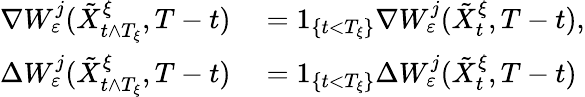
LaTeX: \begin{array}{rl}{\nabla W_{\varepsilon}^{j}(\tilde{X}_{t\wedge T_{\xi}}^{\xi},T-t)}&{{}=1_{\left\{ t<T_{\xi}\right\} }\nabla W_{\varepsilon}^{j}(\tilde{X}_{t}^{\xi},T-t),}\\ {\Delta W_{\varepsilon}^{j}(\tilde{X}_{t\wedge T_{\xi}}^{\xi},T-t)}&{{}=1_{\left\{ t<T_{\xi}\right\} }\Delta W_{\varepsilon}^{j}(\tilde{X}_{t}^{\xi},T-t)}\end{array}